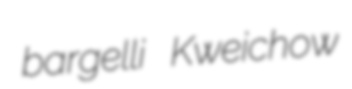
bargelli Kweichow